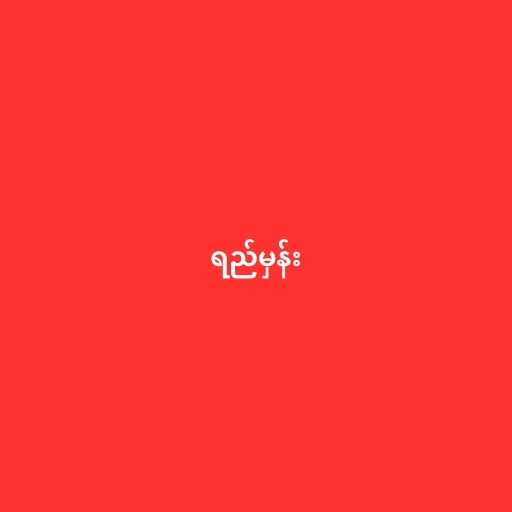
ရည်မှန်း